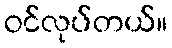
ဝင်လုပ်တယ်။